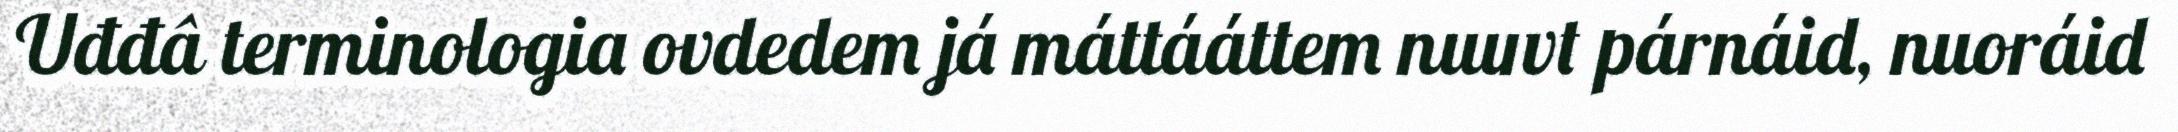
Uđđâ terminologia ovdedem já máttááttem nuuvt párnáid, nuoráid